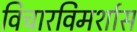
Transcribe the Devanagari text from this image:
विचारविमर्शास